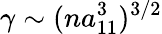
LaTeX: \gamma\sim(na_{11}^{3})^{3/2}